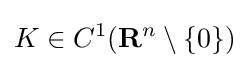
K\in C^{1}(\mathbf {R} ^{n}\setminus \{0\})